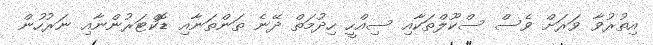
އިތުރުވާ ވަރަށް ވެސް ސްކޫލްތަކާއި ސިއްހީ ހިދުމަތް ދޭނެ ތަންތަނާއި ޑޮކްޓަރުންނާއި ނަރުހުން